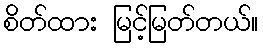
စိတ်ထား မြင့်မြတ်တယ်။